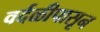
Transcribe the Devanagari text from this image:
वर्दळीपासून